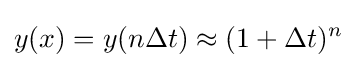
y(x)=y(n\Delta t)\approx (1+\Delta t)^{n}